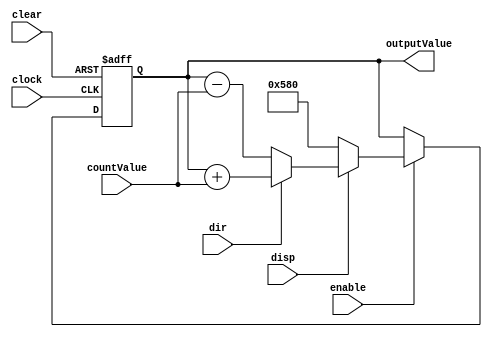
module counter16bit(clock, enable, clear, disp, dir, countValue, outputValue);
	input clock, enable, clear, disp, dir;
	input [3:0] countValue;
	output [15:0] outputValue;
	reg [15:0] counter_state, next_counter_state;
	always @(posedge clock or negedge clear) begin
		if (clear == 0)
			counter_state <= 16'b0;
		else
			counter_state <= next_counter_state;
	end
	always @(enable or counter_state) begin
		next_counter_state = counter_state;
		if (!enable) 
			next_counter_state = counter_state;
		else begin
			if (dir)
				next_counter_state = counter_state + countValue;
			else
				next_counter_state = counter_state - countValue;
			if (!disp)
				next_counter_state = 16'h0580;
		end
	end
	assign outputValue = counter_state;
endmodule